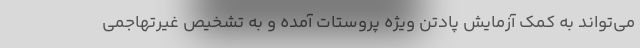
می‌تواند به کمک آزمایش پادتن ویژه پروستات آمده و به تشخیص غیرتهاجمی